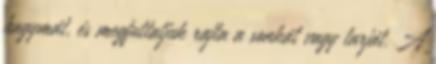
hagymát, és megfuttatjuk rajta a sonkát vagy tarját. A